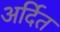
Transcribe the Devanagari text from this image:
अर्दित